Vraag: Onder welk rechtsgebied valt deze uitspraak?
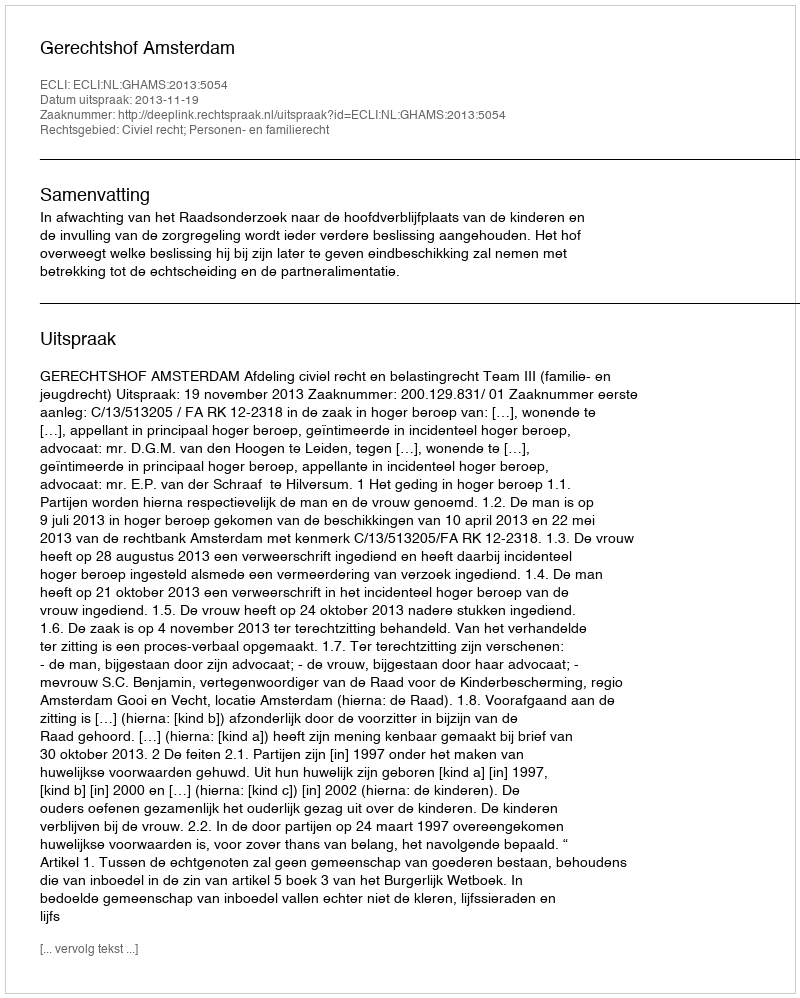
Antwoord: Civiel recht; Personen- en familierecht